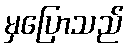
မှပြောသည်